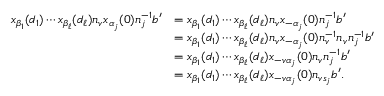
\begin{array} { r l } { x _ { \beta _ { 1 } } ( d _ { 1 } ) \cdots x _ { \beta _ { \ell } } ( d _ { \ell } ) n _ { v } x _ { \alpha _ { j } } ( 0 ) n _ { j } ^ { - 1 } b ^ { \prime } } & { = x _ { \beta _ { 1 } } ( d _ { 1 } ) \cdots x _ { \beta _ { \ell } } ( d _ { \ell } ) n _ { v } x _ { - \alpha _ { j } } ( 0 ) n _ { j } ^ { - 1 } b ^ { \prime } } \\ & { = x _ { \beta _ { 1 } } ( d _ { 1 } ) \cdots x _ { \beta _ { \ell } } ( d _ { \ell } ) n _ { v } x _ { - \alpha _ { j } } ( 0 ) n _ { v } ^ { - 1 } n _ { v } n _ { j } ^ { - 1 } b ^ { \prime } } \\ & { = x _ { \beta _ { 1 } } ( d _ { 1 } ) \cdots x _ { \beta _ { \ell } } ( d _ { \ell } ) x _ { - v \alpha _ { j } } ( 0 ) n _ { v } n _ { j } ^ { - 1 } b ^ { \prime } } \\ & { = x _ { \beta _ { 1 } } ( d _ { 1 } ) \cdots x _ { \beta _ { \ell } } ( d _ { \ell } ) x _ { - v \alpha _ { j } } ( 0 ) n _ { v s _ { j } } b ^ { \prime } . } \end{array}